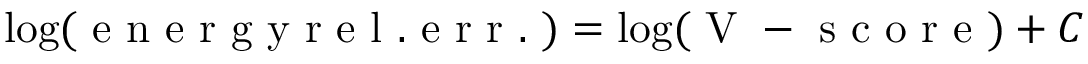
\log ( \mathrm { ~ e ~ n ~ e ~ r ~ g ~ y ~ r ~ e ~ l ~ . ~ e ~ r ~ r ~ . ~ } ) = \log ( \mathrm { ~ V ~ - ~ s ~ c ~ o ~ r ~ e ~ } ) + C